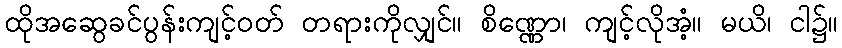
ထိုအဆွေခင်ပွန်းကျင့်ဝတ် တရားကိုလျှင်။ စိဏ္ဏော၊ ကျင့်လိုအံ့။ မယိ၊ ငါ၌။